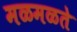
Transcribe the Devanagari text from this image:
मळमळते